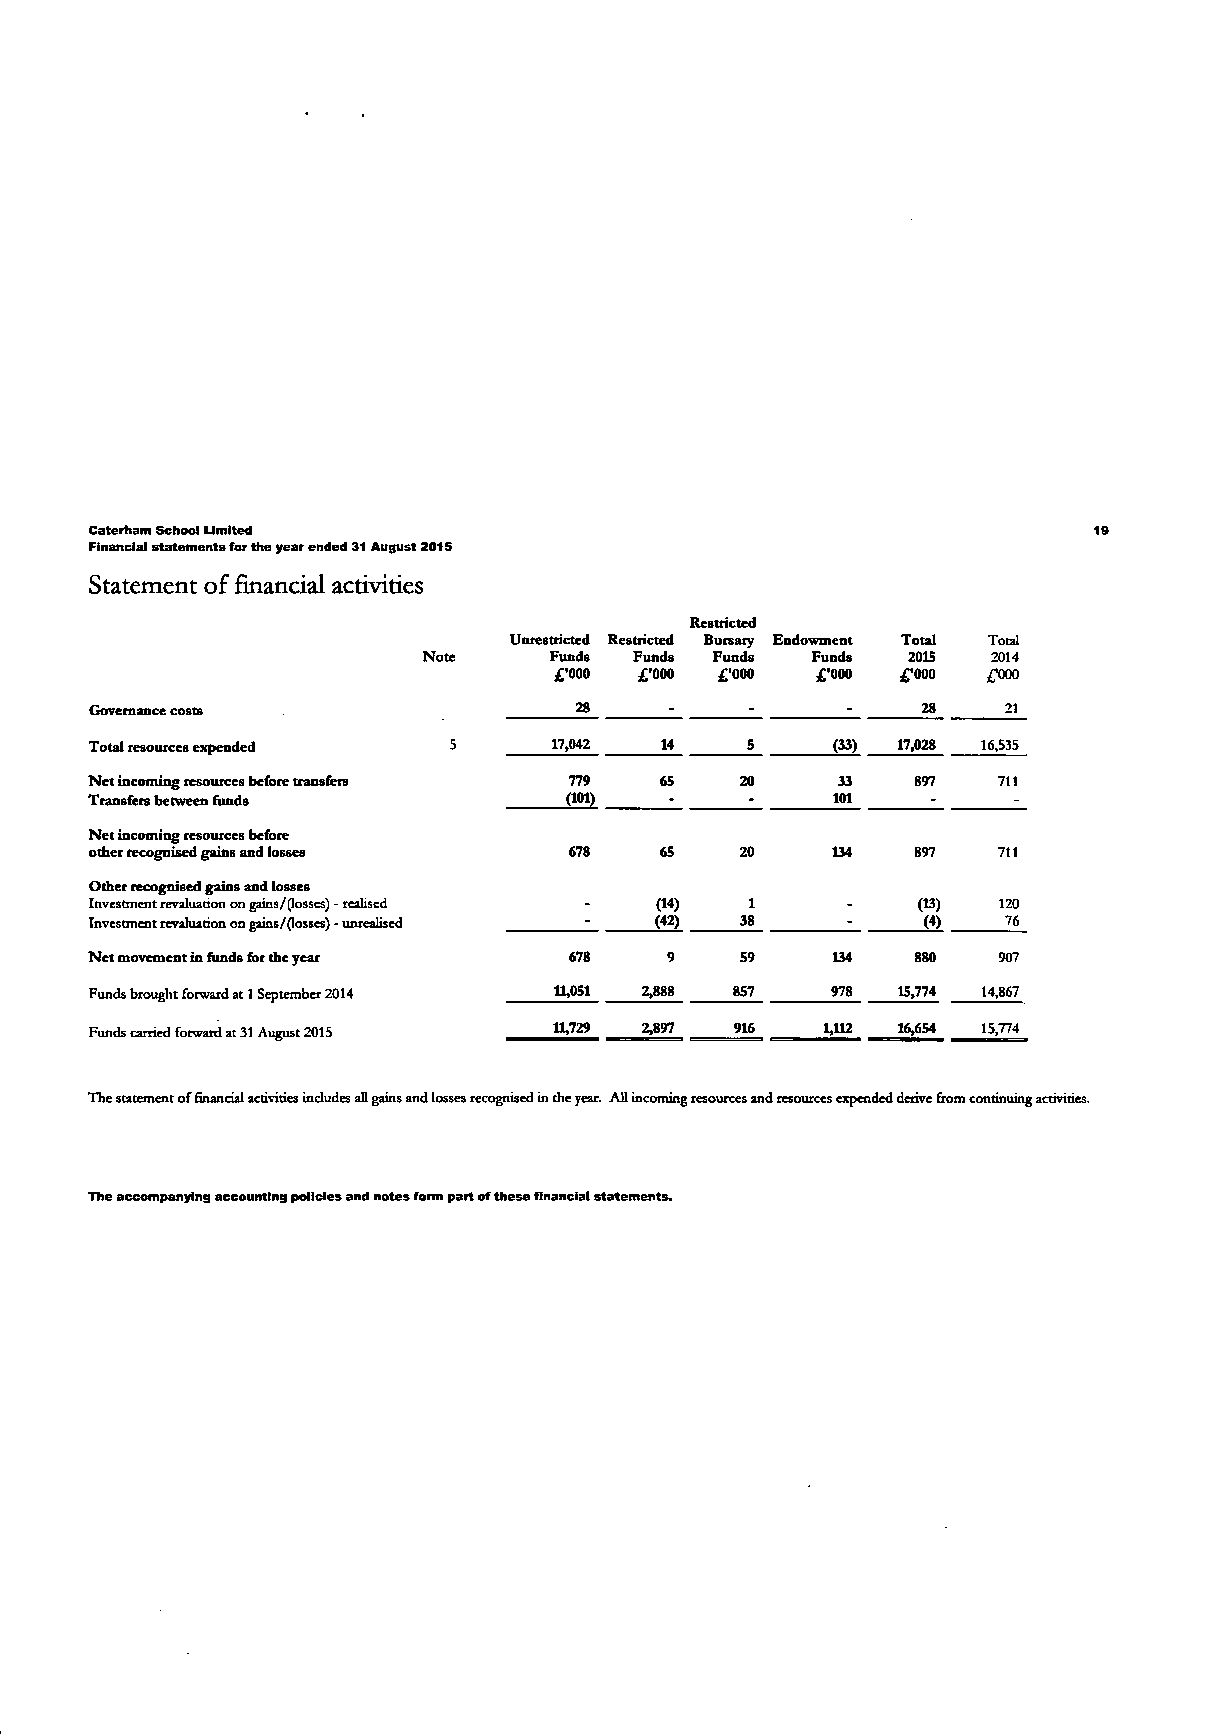
Caterham School Limited                                           19
 Financial statements for the year ended 31 August 2015
 Statement of financial activities
 Restricted
 Unrestricted Restricted Bursary Endowment Total Total
 Note    Funds Funds Funds Funds 2015  2014
 £'000 £•000 £'000 £'000 £'000 £•000
 Governance costs                28    -     -     -    28    21
 Total resources expended 5     17,042 14   5     (33) 17,028 16,535
 Net incoming resources before transfers 779 65 20 33   897  711
 Transfers between funds        (101)             101
 Net incoming resources before
 other recognised gains and losses 678 65   20    134   897  711
 Other recognised gains and losses
 Investment revaluation on gains/(losses) - realised - (14) 1 - (13) 120
 Investment revaluation on gains/(losses) - unrealised (42) 38 (4) 76
 Net movement in funds for the year 678 9   59    134   880  907
 Funds brought forward at 1 September 2014 11,051 2,888 857 978 15,774 14,867
 Funds carried forward at 31 August 2015 11,729 2,897 916 1,112 16,654 15,774
 The statement of financial activities includes all gains and losses recognised in the year. All incoming resources and resources expended derive from continuing activities.
 The accompanying accounting policies and notes form part of these financial statements.